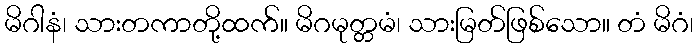
မိဂါနံ၊ သားတကာတို့ထက်။ မိဂမုတ္တမံ၊ သားမြတ်ဖြစ်သော။ တံ မိဂံ၊